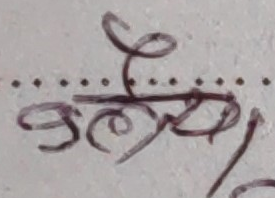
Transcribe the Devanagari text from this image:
ई क्षेत्रीय